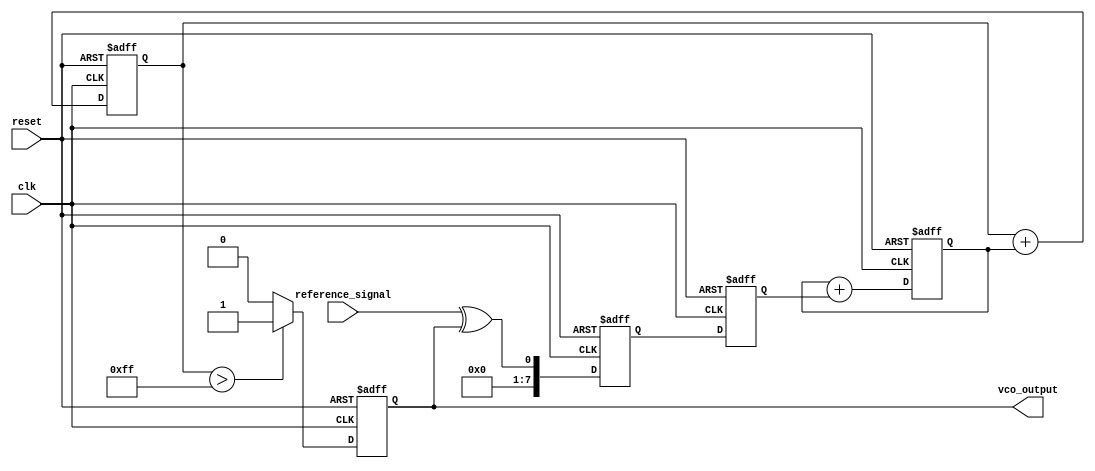
module MemoryBlocksPLL (
    input wire clk,                // System clock
    input wire reset,              // Active high reset
    input wire reference_signal,    // Reference input signal
    output reg vco_output          // VCO output frequency
);

// Parameters
parameter PHASE_DETECTOR_WIDTH = 8; // Width of phase error signal
parameter FILTER_SIZE = 4;            // Size of the loop filter (number of taps)

// Internal signals
reg [PHASE_DETECTOR_WIDTH-1:0] phase_error; // Phase error signal
reg [PHASE_DETECTOR_WIDTH-1:0] control_voltage; // Control voltage for VCO
reg [PHASE_DETECTOR_WIDTH-1:0] loop_filter [0:FILTER_SIZE-1]; // Loop filter storage
reg [PHASE_DETECTOR_WIDTH-1:0] vco_frequency; // VCO frequency control

// Phase Detector
always @(posedge clk or posedge reset) begin
    if (reset) begin
        phase_error <= 0;
    end else begin
        // Simple phase detector
        phase_error <= reference_signal ^ vco_output; // XOR-based phase error detection
    end
end

// Loop Filter (Simple FIR filter for demonstration)
integer i;
always @(posedge clk or posedge reset) begin
    if (reset) begin
        for (i = 0; i < FILTER_SIZE; i = i + 1) begin
            loop_filter[i] <= 0;
        end
        control_voltage <= 0;
    end else begin
        // Shift and accumulate for FIR filter
        control_voltage <= 0;
        for (i = FILTER_SIZE-1; i > 0; i = i - 1) begin
            loop_filter[i] <= loop_filter[i-1];
            control_voltage <= control_voltage + loop_filter[i];
        end
        loop_filter[0] <= phase_error; // New value at filter input
        control_voltage <= control_voltage + loop_filter[0]; // New control voltage
    end
end

// Voltage-Controlled Oscillator (VCO)
always @(posedge clk or posedge reset) begin
    if (reset) begin
        vco_frequency <= 8'd128; // Default frequency
        vco_output <= 0;
    end else begin
        // Simple linear adjustment example
        vco_frequency <= vco_frequency + control_voltage[PHASE_DETECTOR_WIDTH-1:0]; // Modulate frequency by control voltage
        // Generate VCO output signal
        vco_output <= (vco_frequency > 8'd255) ? 1'b1 : 1'b0; // Example VCO output logic
    end
end

endmodule